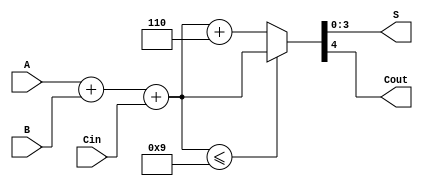
module BCD_Asynchronous_Adder (
    input [3:0] A,       // BCD input A
    input [3:0] B,       // BCD input B
    input Cin,           // Carry-in
    output reg [3:0] S,  // BCD output sum
    output reg Cout      // Carry-out
);

    wire [4:0] sum;      // 5-bit sum to accommodate carry
    wire [4:0] adjusted_sum;
    wire is_bcd;

    // Step 1: Binary Addition
    assign sum = A + B + Cin;

    // Step 2: Check if the sum is a valid BCD
    assign is_bcd = (sum <= 5'd9);

    // Step 3: Adjust the sum if necessary
    assign adjusted_sum = is_bcd ? sum : (sum + 5'd6);

    // Step 4: Output generation
    always @(*) begin
        S = adjusted_sum[3:0];  // Take the lower 4 bits for the BCD result
        Cout = adjusted_sum[4];  // The 5th bit is the carry-out
    end

endmodule